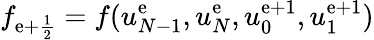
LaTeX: f_{{\mathrm{e}+\frac{{1}}{{2}}}}=f(u_{N-1}^{\mathrm{e}},u_{N}^{\mathrm{e}},u_{0}^{\mathrm{e}+1},u_{1}^{\mathrm{e}+1})